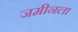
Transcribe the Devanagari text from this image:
जमीनला